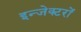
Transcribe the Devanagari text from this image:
इन्जेक्टरों